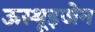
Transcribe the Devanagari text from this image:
ऊस्थूइजेन